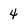
Character: 4